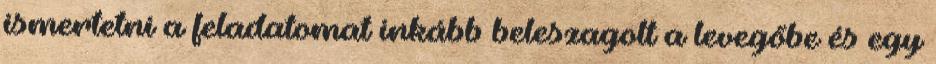
ismertetni a feladatomat inkább beleszagolt a levegőbe és egy